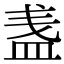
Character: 盏